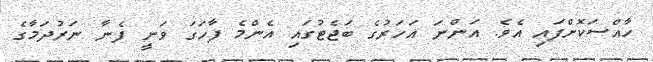
ހާއްސަކޮށްފައި އެވެ. އަންނަ އަހަރުގެ ބަޖެޓުގައި އެންމެ ފާހަގަ ވަނީ ފެނާ ނަރުދަމާގެ